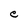
Character: e